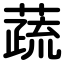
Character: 蔬